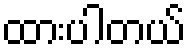
ထားပါတယ်